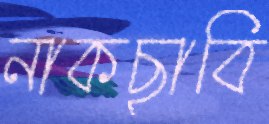
নাকছাবি